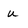
Character: u